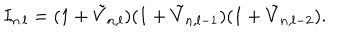
I _ { n . l } = ( 1 + \tilde { V } _ { n , l } ) ( 1 + \tilde { V } _ { n , l - 1 } ) ( 1 + \tilde { V } _ { n , l - 2 } ) .